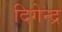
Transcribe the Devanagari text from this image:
दिगेन्द्र